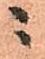
ニ